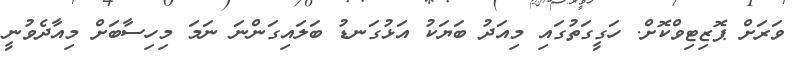
ވަރަށް ޕޮޒިޓިވްކޮށް. ހަގީގަތުގައި މިއަދު ބަޔަކު އަޅުގަނޑު ބަލައިގަންނަ ނަަމަ މިހިސާބަށް މިއާދެވުނީ